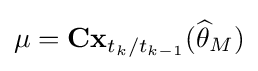
\mu =\mathbf {Cx} _{t_{k}/t_{k-1}}({\widehat {\theta }}_{M})